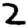
Digit: 2